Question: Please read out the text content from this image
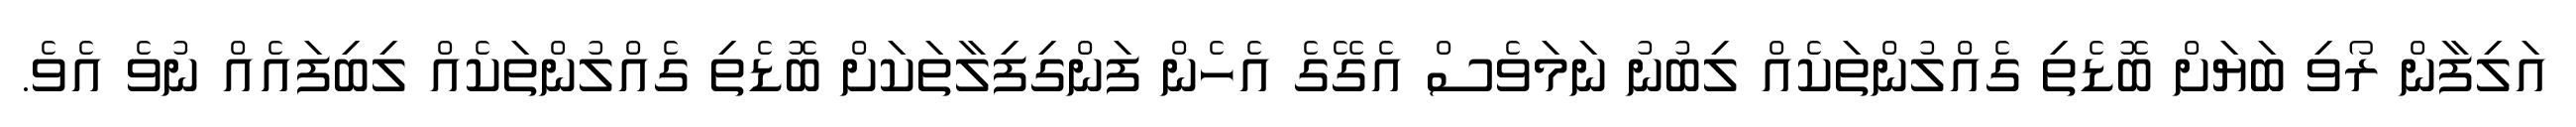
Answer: އަލިފާން ރޯވި ބަޔަށް ބޮޑެތި ގެއްލުންތަކެއް ލިބުނު ނަމަވެސް އެގޭގެ އެހެން ފަންގިފިލާތަކަށް ބޮޑެތި ގެއްލުންތަކެއް ލިބިފައެއް ނުވެ އެވެ.